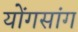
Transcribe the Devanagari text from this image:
योंगसांग